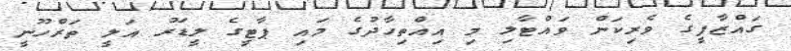
ގައްޒާފީގެ ވެރިކަން ވައްޓާލި މި އިއްތިހާދުގެ މައި ޕާޓީގެ ލީޑަރު އަލީ ތަރްހޫނީ